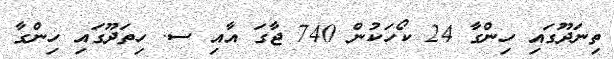
ތިނަދޫގައި ހިންގާ 24 ކޯހަކުން 740 ޖާގަ އާއި ސ. ހިތަދޫގައި ހިންގާ